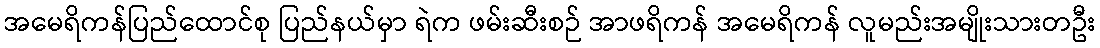
အမေရိကန်ပြည်ထောင်စု ပြည်နယ်မှာ ရဲက ဖမ်းဆီးစဉ် အာဖရိကန် အမေရိကန် လူမည်းအမျိုးသားတဦး